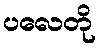
ပလေတို